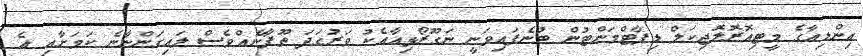
އިންޑިއާގެ މީޓިއޮރޮލޮޖިކަލް ޑިޕާޓްމަންޓުން ބުނެފައިވަނީ ނަގޫރޯޅިއާއެކު ވަރުގަދަ ތޫފާނެއްވެސް ލައިގަންނާނެ ކަމަށާއި އެ